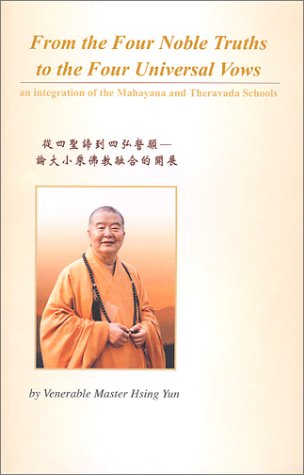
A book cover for From the Four Noble Truths to the Four Universal Vows; Venerable Master Hsing Yun; Religion & Spirituality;